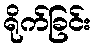
ရိုက်ခြင်း